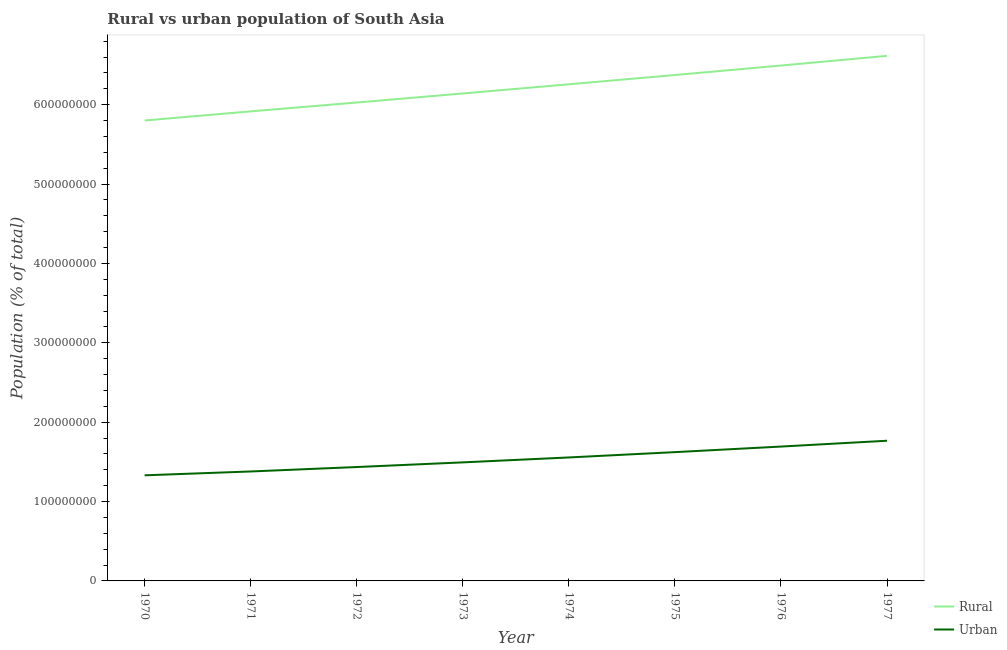
| Year | Rural | Urban |
 | --- | --- | --- |
 | 1970 | 5.8e+08 | 1.33e+08 |
 | 1971 | 5.92e+08 | 1.38e+08 |
 | 1972 | 6.03e+08 | 1.43e+08 |
 | 1973 | 6.14e+08 | 1.49e+08 |
 | 1974 | 6.26e+08 | 1.56e+08 |
 | 1975 | 6.37e+08 | 1.62e+08 |
 | 1976 | 6.49e+08 | 1.69e+08 |
 | 1977 | 6.62e+08 | 1.77e+08 |